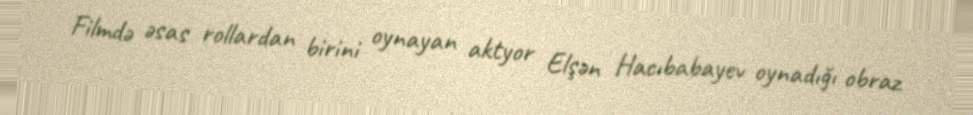
Filmdə əsas rollardan birini oynayan aktyor Elşən Hacıbabayev oynadığı obraz